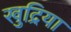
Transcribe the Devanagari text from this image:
खुद्रिया